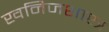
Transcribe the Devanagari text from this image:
खनिजशास्त्र